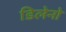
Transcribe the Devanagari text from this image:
डिलेनो